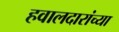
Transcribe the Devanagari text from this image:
हवालदारांच्या